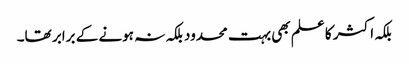
بلکہ اکثر کا علم بھی بہت محدود بلکہ نہ ہونے کے برابر تھا۔